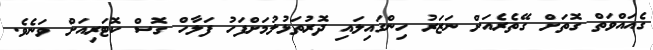
ގެއައްވަތް ގޮތަށް ގޭތެރެއަށް ނަޒަރު ހިންގައިލައި ދޮރުތަޅުލުމަށްފަހު ފަލާހް ގޮސް ކޮޓަރިއަށް ވަނެވެ.